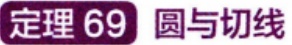
定理 69 圆与切线